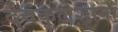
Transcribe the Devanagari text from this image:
देवकुलेशानां